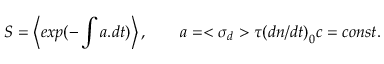
S = \left\langle e x p ( - \int a . d t ) \right\rangle , \qquad a = < { \sigma } _ { d } > \tau { ( d n / d t ) } _ { 0 } c = c o n s t .